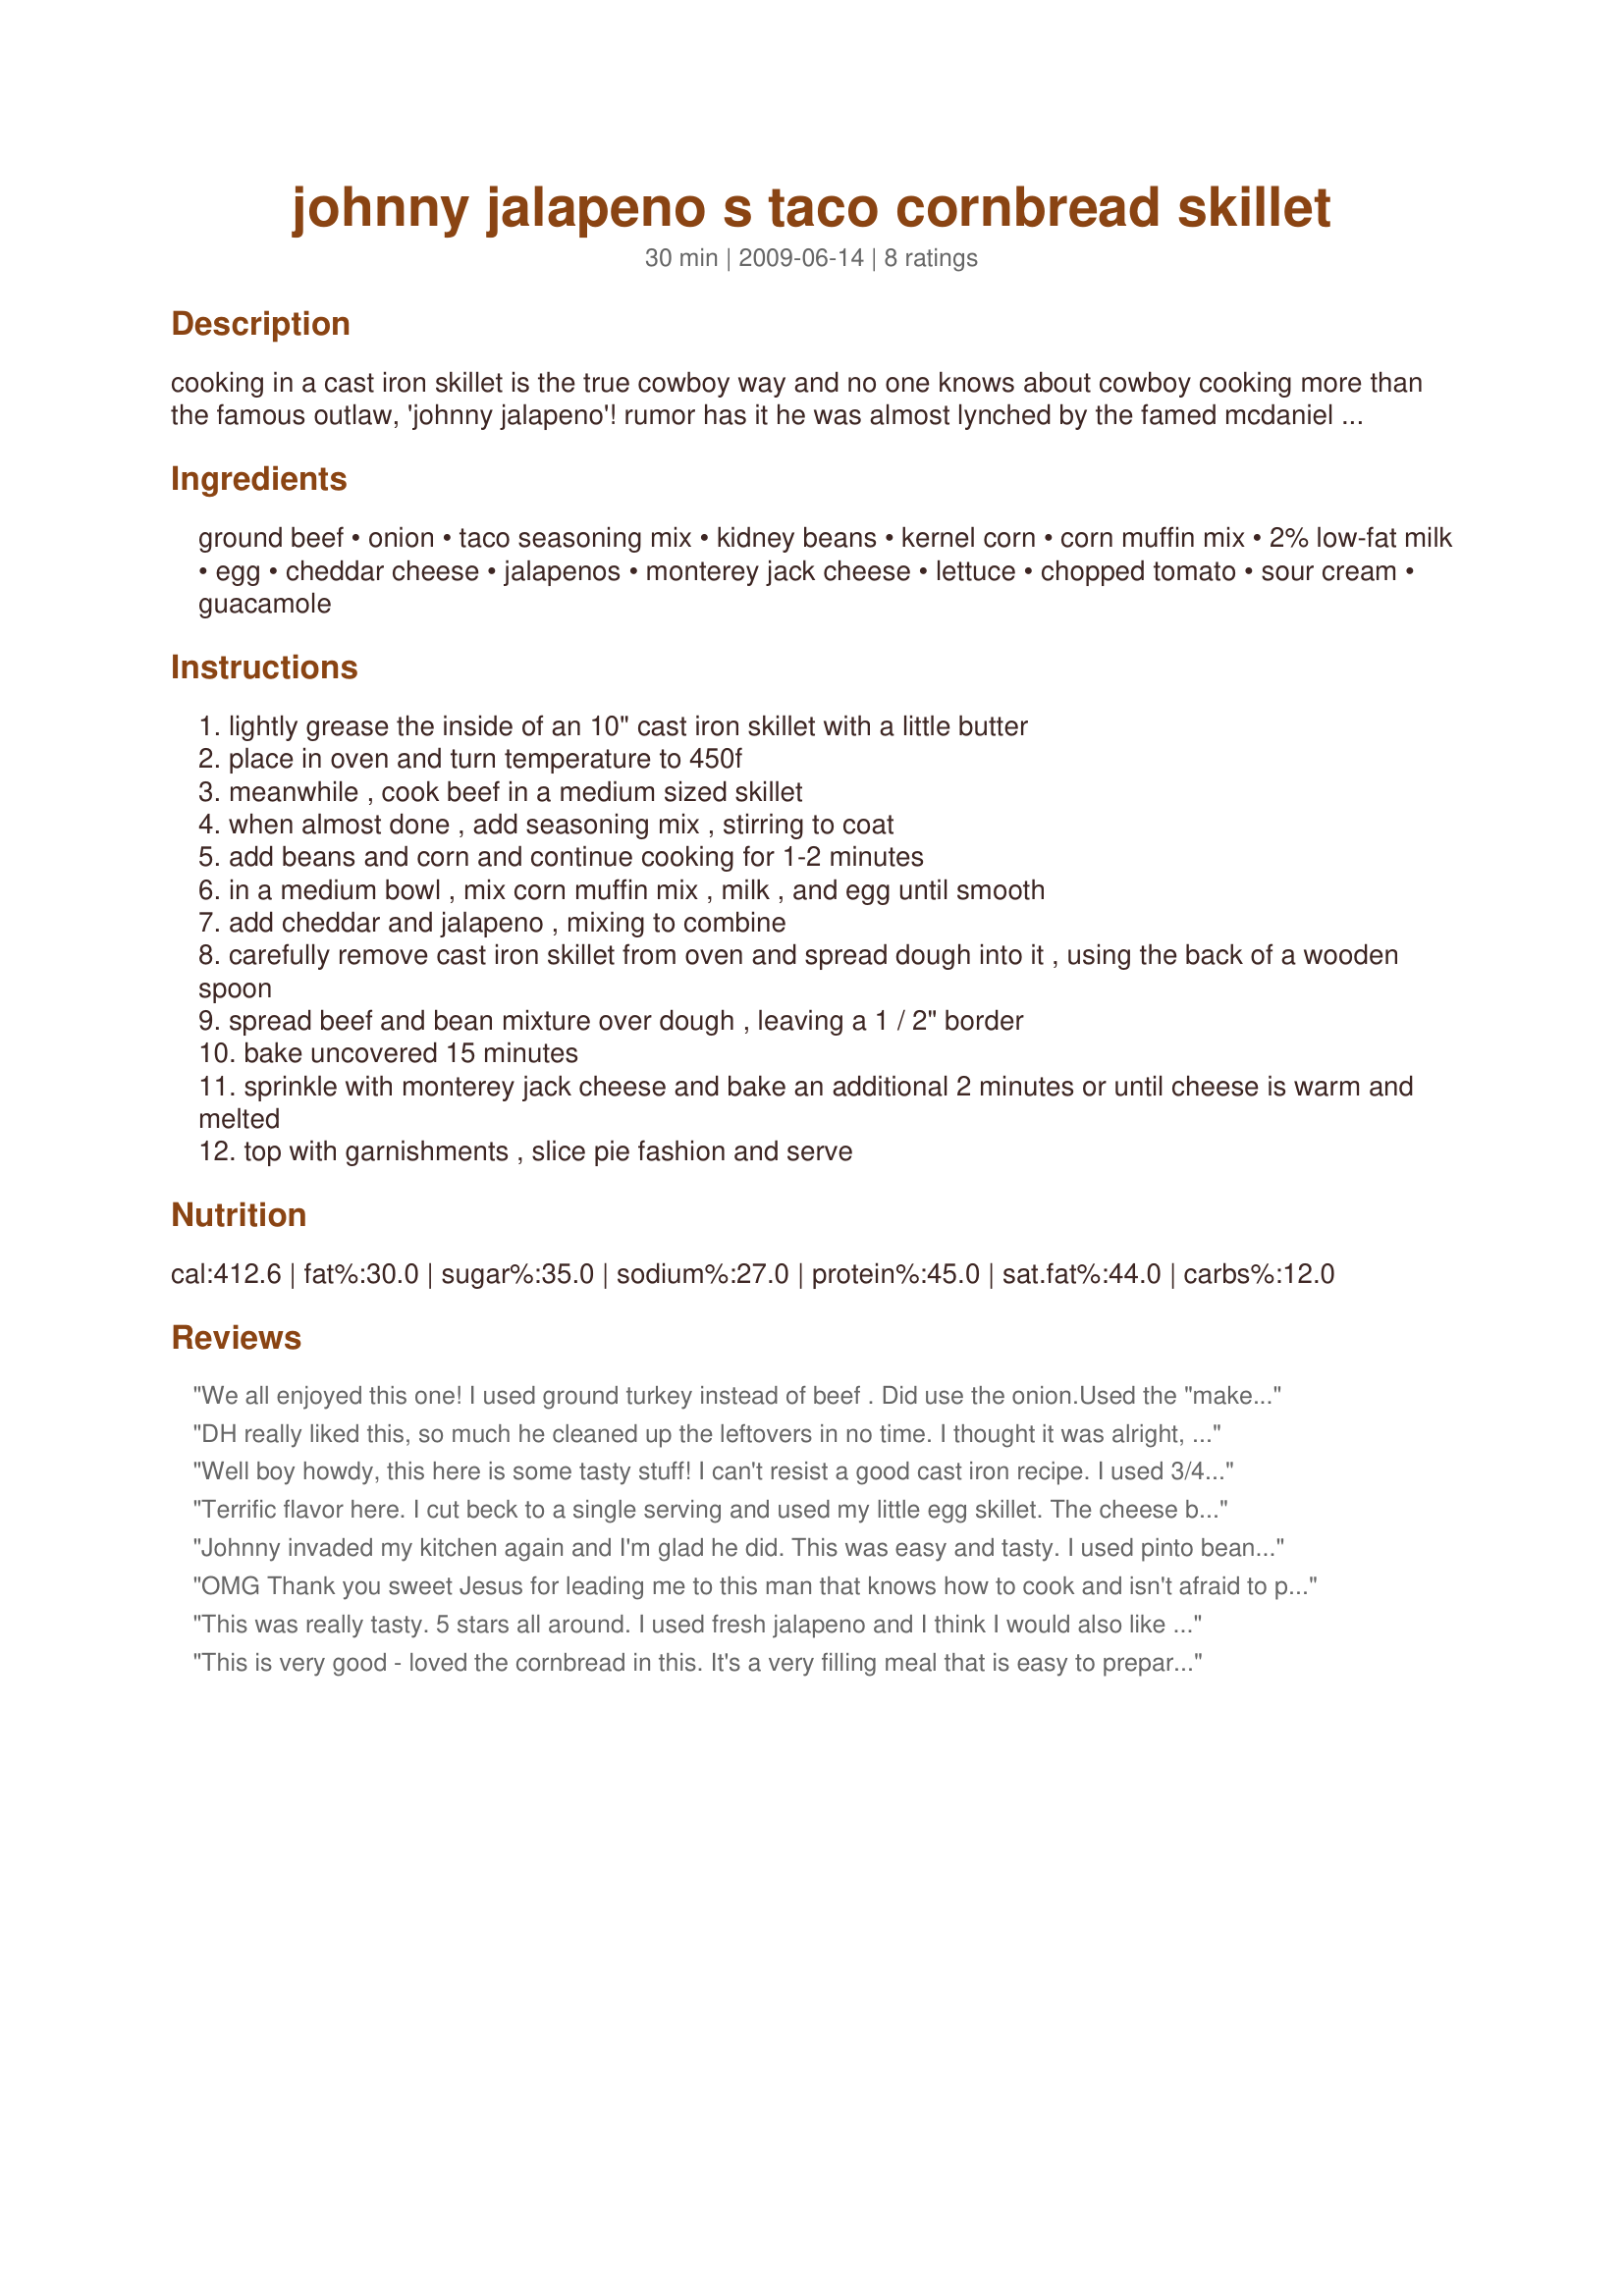
johnny jalapeno s taco cornbread skillet
Preparation time: 30 minutes

cooking in a cast iron skillet is the true cowboy way and no one knows about cowboy cooking more than the famous outlaw, 'johnny jalapeno'! rumor has it he was almost lynched by the famed mcdaniel gang over this recipe. they shouted "this ain't no derned cowboy supper, ain't no beans in it!" well, johnny ran quick as lightning over to the campfire, and made another skillet supper, this time adding the last can of beans he had! saved his life them beans did! ;) also try johnny's recipe #266664.

Ingredients:
ground beef, onion, taco seasoning mix, kidney beans, kernel corn, corn muffin mix, 2% low-fat milk, egg, cheddar cheese, jalapenos, monterey jack cheese, lettuce, chopped tomato, sour cream, guacamole

Steps:
lightly grease the inside of an 10" cast iron skillet with a little butter
place in oven and turn temperature to 450f
meanwhile , cook beef in a medium sized skillet
when almost done , add seasoning mix , stirring to coat
add beans and corn and continue cooking for 1-2 minutes
in a medium bowl , mix corn muffin mix , milk , and egg until smooth
add cheddar and jalapeno , mixing to combine
carefully remove cast iron skillet from oven and spread dough into it , using the back of a wooden spoon
spread beef and bean mixture over dough , leaving a 1 / 2" border
bake uncovered 15 minutes
sprinkle with monterey jack cheese and bake an additional 2 minutes or until cheese is warm and melted
top with garnishments , slice pie fashion and serve

Reviews:
We all enjoyed this one! I used ground turkey instead of beef . Did use the onion.Used the "make your own taco seasoning" found on Zaar. Will be making often.Thanks for posting.Made for PRMR>
DH really liked this, so much he cleaned up the leftovers in no time. I thought it was alright, loved the crispy cornbread on bottom. Pretty easy recipe to make for a quick weeknight meal.
Well boy howdy, this here is some tasty stuff! I can't resist a good cast iron recipe. I used 3/4 lb ground beef and sauteed in some grated zucchini (I'm a sneaky mom like that!) and only 1 T jalapeno (I'm a worrywart mom like that!). I also discovered at the last second I was out of frozen corn so I used mixed veggies. I will use corn next time LOL. I also used Recipe #264541, which worked out nicely. Thanks so much for posting...you done given us a keeper, Johnny Jalapeno. Made for PRMR.
Terrific flavor here. I cut beck to a single serving and used my little egg skillet. The cheese bubbled up and out and the bubbles of it burned but it was only the running cheese and the rest of it was perfect. It's hearty, I could only finish half of it!. Very simple to make. Thanks for this one Bleu :D
Johnny invaded my kitchen again and I'm glad he did. This was easy and tasty. I used pinto beans and a three cheese mexican blend instead of cheddar because that's what I had on hand. My favorite part was the crispy corn bread on the bottom of the pan. Thanks for posting!!
OMG Thank you sweet Jesus for leading me to this man that knows how to cook and isn't afraid to post real homemade recipes with some grit to them. I'm to old to worry about my cholesterol at this point (normal levels thank you) so let me die with real food in my tummy, a fork in one hand and a jalapeno in the other....lol. Thanks Johnny, keep them coming and the "history" behind them too. Well I'm off to the store for some buttermilk and lard (not teasing one bit sweetie), fried chicken here I come.....Oh, got so excited forgot to tell you, had this cornbread as written with a bowl of freshly cooked pintos with ham hocks, now thats good eatin'. Oh Lord, so many recipes and so little time......gatta go
This was really tasty. 5 stars all around. I used fresh jalapeno and I think I would also like to try it with pickled jalapeno. I put a tbsp of butter in the skillet and into the oven as directed. By the time I was ready to pour in the cornbread the butter had started to get really brown. I was concerned if it was burnt, but it did not affect the taste. Next time I would wait a bit to start the oven. We LOVED the crispy cornbread. This will definitely be made again! Thanks for sharing.
This is very good - loved the cornbread in this. It's a very filling meal that is easy to prepare. Thanks for sharing.
